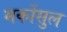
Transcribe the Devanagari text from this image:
मर्कोसुल